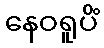
နေဝရူပိံ